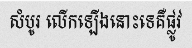
សំបូរ លើកឡើងនោះទេគឺផ្លូវ